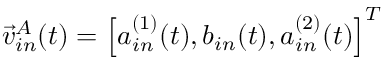
\vec { v } _ { i n } ^ { A } ( t ) = \left[ a _ { i n } ^ { ( 1 ) } ( t ) , b _ { i n } ( t ) , a _ { i n } ^ { ( 2 ) } ( t ) \right] ^ { T }